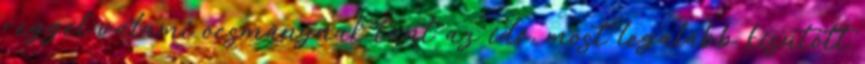
reggel valami ocsmánynak tűnt az idő, most legalább kisütött